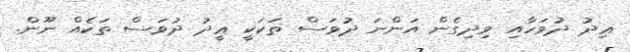
ޢިދު ދުވަހާއި ވިދިގެން އަންނަ ދުވަސް ތަކަކީ ޢީދު ދުވަސް ތަކެއް ނޫން.